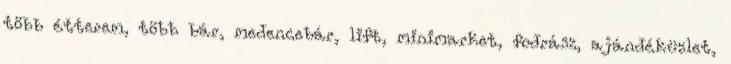
több étterem, több bár, medencebár, lift, minimarket, fodrász, ajándéküzlet,